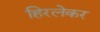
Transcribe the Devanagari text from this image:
हिरलेकर